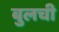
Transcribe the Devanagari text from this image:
बुलची